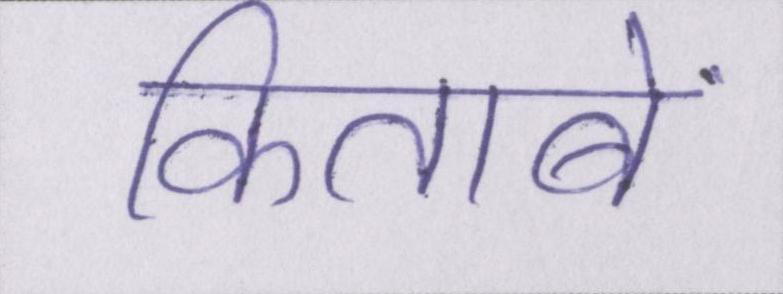
किताबें